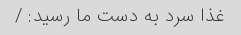
غذا سرد به دست ما رسید: /